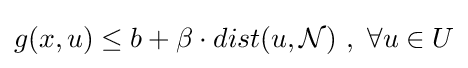
g(x,u)\leq b+\beta \cdot dist(u,{\mathcal {N}})\ ,\ \forall u\in U